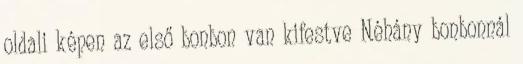
oldali képen az első bonbon van kifestve Néhány bonbonnál